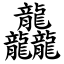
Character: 龘